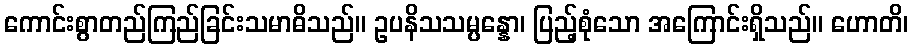
ကောင်းစွာတည်ကြည်ခြင်းသမာဓိသည်။ ဥပနိသသမ္ပန္နော၊ ပြည့်စုံသော အကြောင်းရှိသည်။ ဟောတိ၊